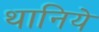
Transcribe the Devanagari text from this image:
थानिये